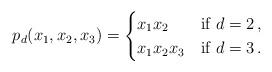
LaTeX: \begin{align*}p _d(x_1,x_2,x_3)=\begin{cases}x_1x_2 & \mbox{if } d=2\, ,\\x_1x_2x_3 & \mbox{if } d=3\, .\end{cases}\end{align*}